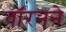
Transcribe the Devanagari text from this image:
वॉरनने